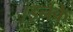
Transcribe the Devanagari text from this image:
।इनके